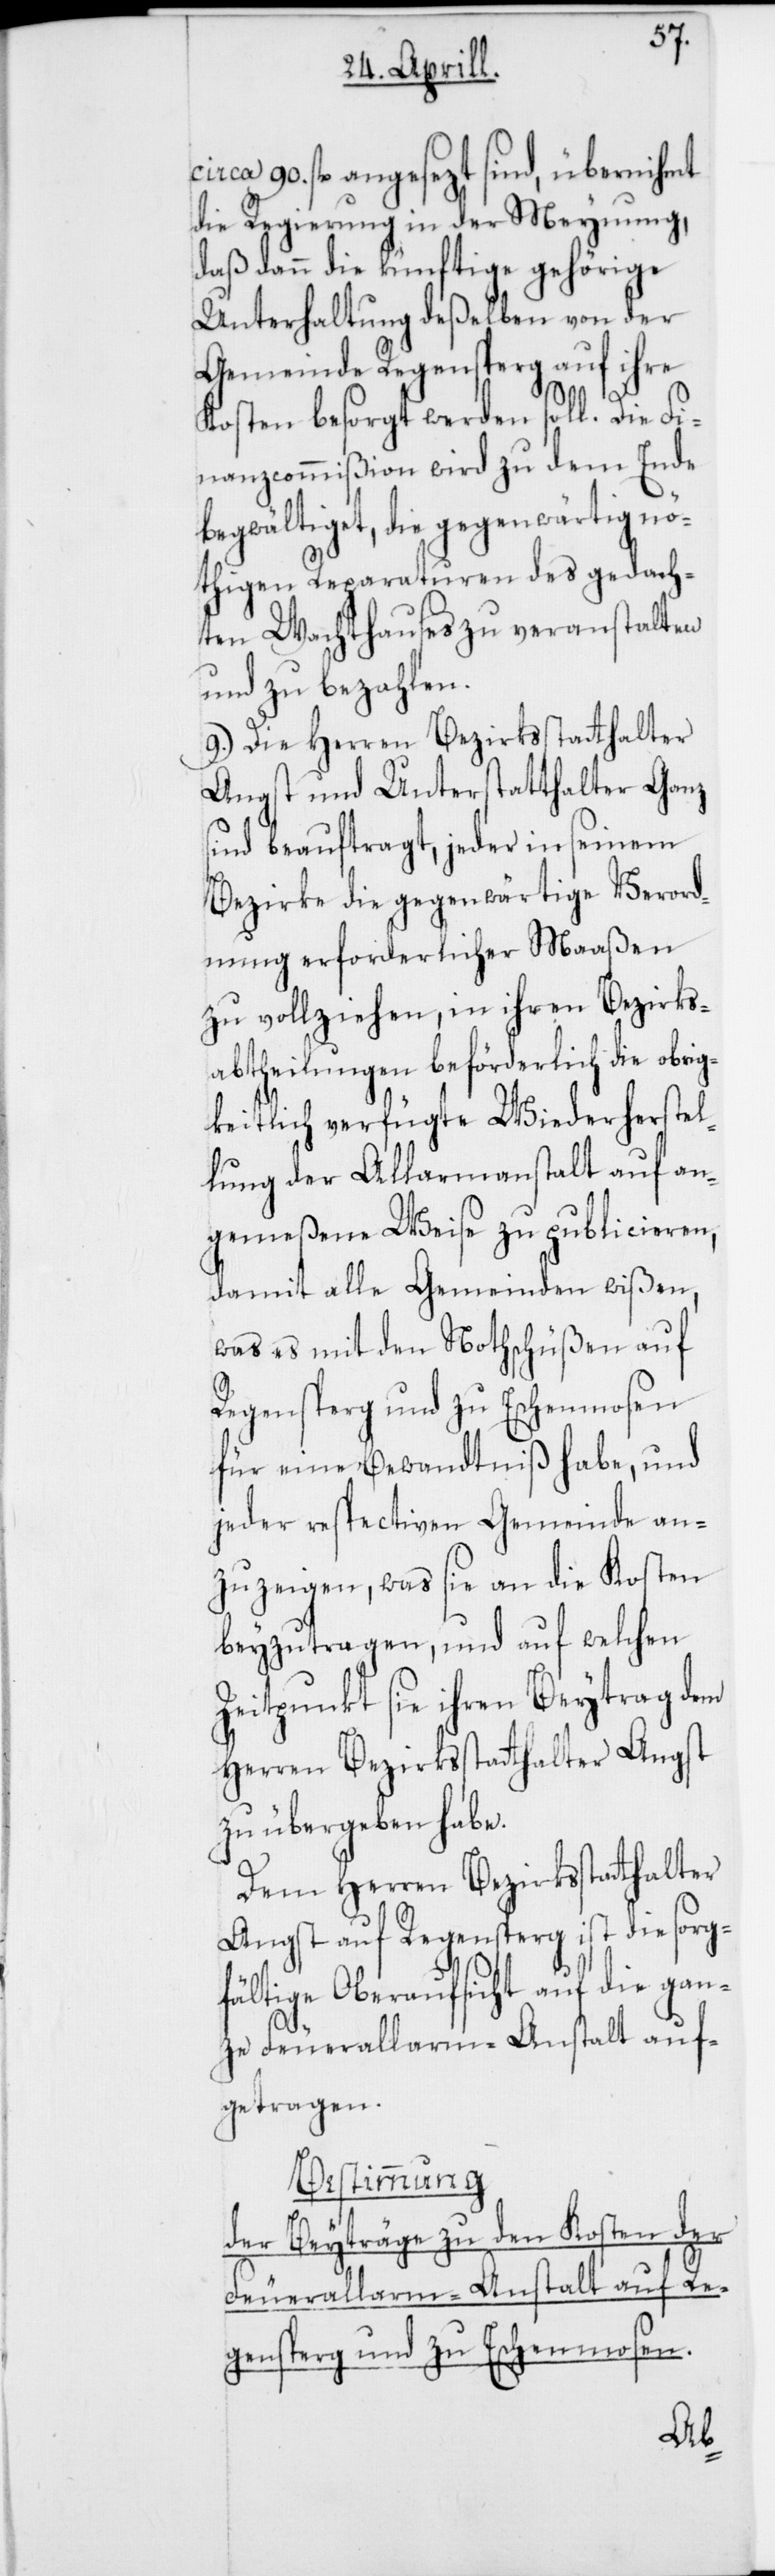
circa 90. fl. angesezt sind, übernihmt
die Regierung, in der Meynung,
daß dann die künftige gehörige
Unterhaltung deßelben von der
Gemeinde Regensperg auf ihre
Kosten besorgt werden soll. Die Fi¬
nanz-Commißion wird zu dem Ende
begwältigt, die gegenwärtig nö¬
thigen Reparaturen des gedach¬
ten Wachthauses zu veranstalten
und zu bezahlen.
9.) Die Herren Bezirksstatthalter
Angst und Unterstatthalter Ganz
sind beauftragt, jeder in seinem
Bezirke die gegenwärtige Verord¬
nung erforderlicher Maaßen
zu vollziehen, in ihren Bezirks¬
abtheilungen beförderlich die Obrig¬
keitlich verfügte Wiederherstel¬
lung der Alarmanstalt auf an¬
gemeßene Weise zu publicieren,
damit alle Gemeinden wißen,
was es mit den Nothschüßen auf
Regensperg und zu Eschenmosen
für eine Bewandtniß habe, und
jeder respectiven Gemeinde an¬
zuzeigen, was sie an die Kosten
beyzutragen, und auf welchen
Zeitpunkt sie ihren Beytrag dem
Herren Bezirksstatthalter Angst
zu übergeben habe.
Dem Herren Bezirksstatthalter
Angst auf Regensperg ist die sorg¬
fältige Oberaufsicht auf die gan¬
ze Feueralarm-Anstalt auf¬
getragen.
Bestimmung
der Beyträge zu den Kosten der
Feueralarm-Anstalt auf Re¬
gensperg und zu Eschenmosen.